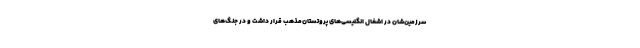
سرزمین‌شان در اشغال انگلیسی‌های پروتستان‌مذهب قرار داشت و در جنگ‌های